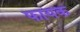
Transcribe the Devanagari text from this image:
फायक